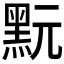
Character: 𪐬